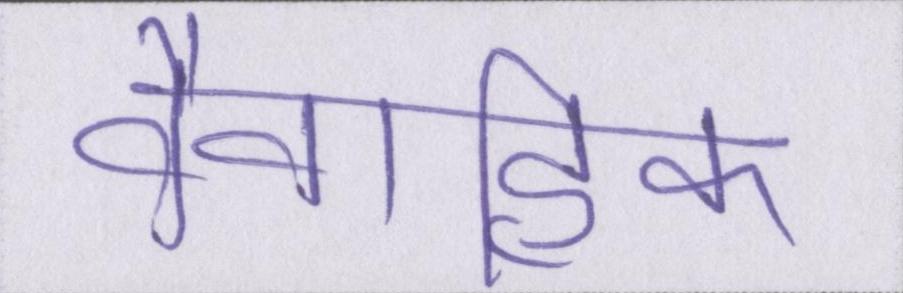
वैवाहिक